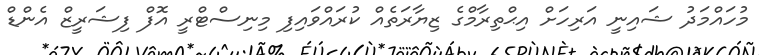
މުހައްމަދު ޝައިނީ އަރިހަށް އިޙްތިރާމްގެ ޒިޔާރަތެއް ކުރައްވައިފި މިނިސްޓްރީ އޮފް ފިޝަރީޒް އެންޑް